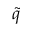
\Tilde { q }